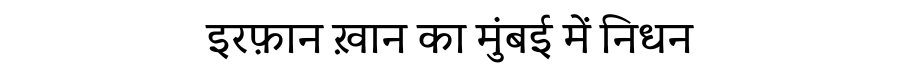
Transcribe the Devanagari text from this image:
इरफ़ान ख़ान का मुंबई में निधन